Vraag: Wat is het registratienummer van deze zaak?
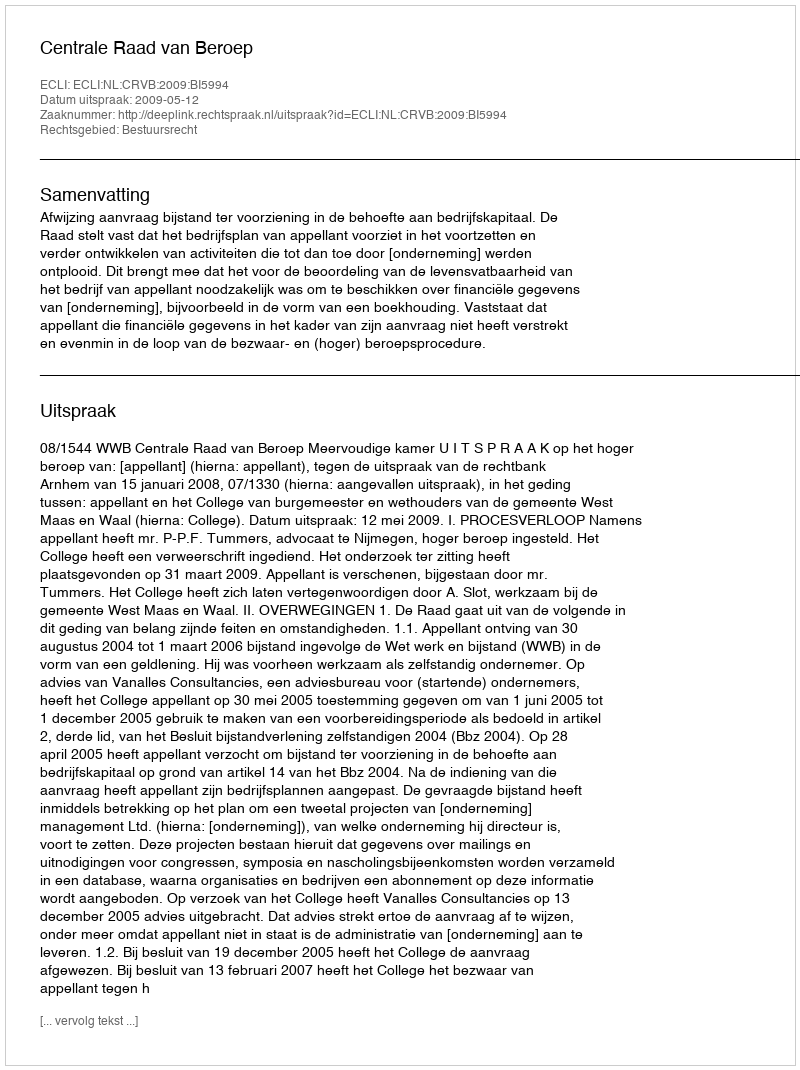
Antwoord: http://deeplink.rechtspraak.nl/uitspraak?id=ECLI:NL:CRVB:2009:BI5994